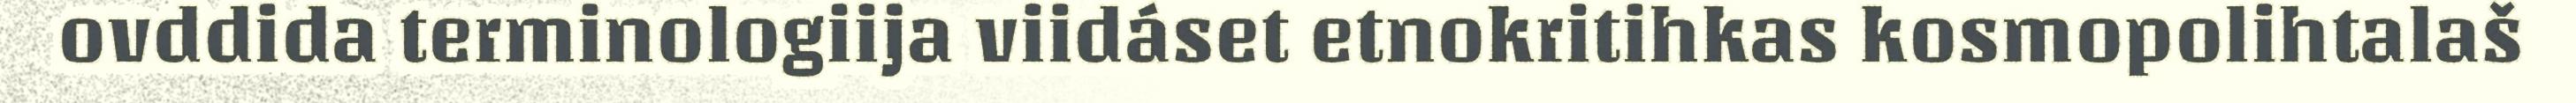
ovddida terminologiija viidáset etnokritihkas kosmopolihtalaš